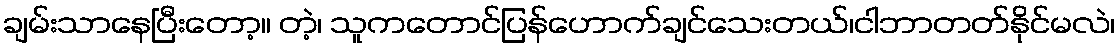
ချမ်းသာနေပြီးတော့။ တဲ့၊ သူကတောင်ပြန်ဟောက်ချင်သေးတယ်၊ငါဘာတတ်နိုင်မလဲ၊